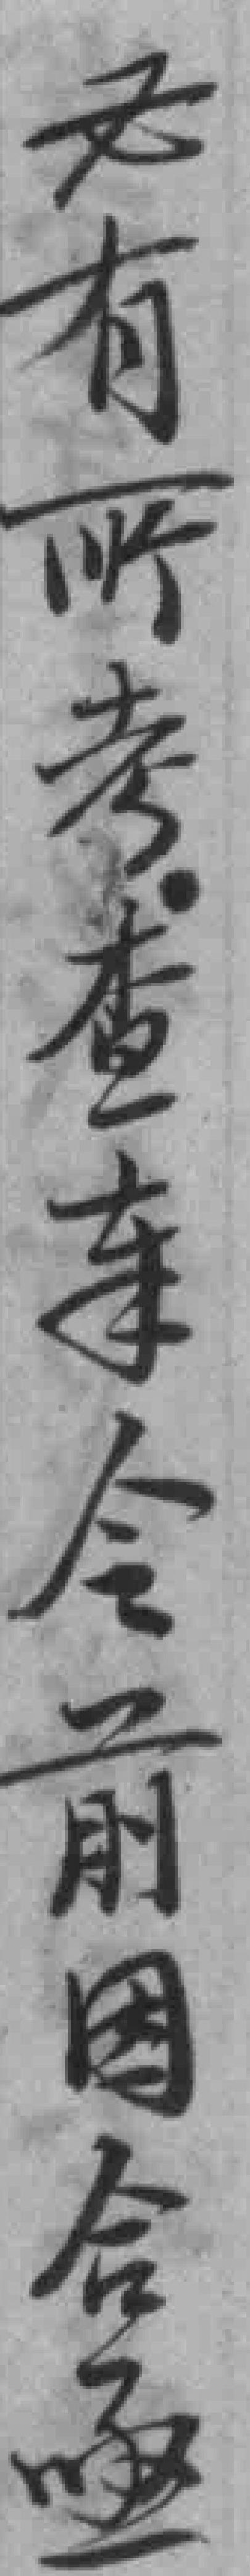
必有所考查*令前因合亟